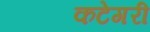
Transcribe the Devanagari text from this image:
कटेगरी